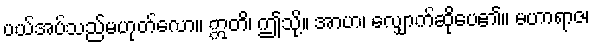
ပယ်အပ်သည်မဟုတ်လော။ ဣတိ၊ ဤသို့။ အာဟ၊ လျှောက်ဆိုပေ၏။ မဟာရာဇ၊